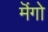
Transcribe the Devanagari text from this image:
मॆंगो